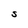
Character: S